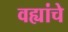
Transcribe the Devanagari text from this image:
वह्यांचे